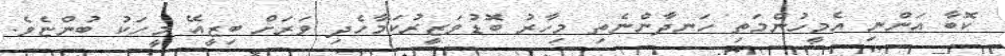
ކޮބާ އަންނި އެމީހުންމަތި ހަނދާންނެތި މިހާރު ބޮޑުވަޒީރުކަމާހެދި ވަރަށް ބިޒީއޭ މީހަކު ބުންޏެވެ.